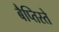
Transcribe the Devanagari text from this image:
बैप्तिस्ते